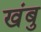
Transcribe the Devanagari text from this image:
खंबु